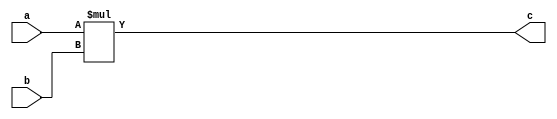
`timescale 1ns / 1ps
//////////////////////////////////////////////////////////////////////////////////
// Company: 
// Engineer: 
// 
// Design Name: 
// Module Name:    cheng 
// Project Name: 
// Target Devices: 
// Tool versions: 
// Description: 
//
// Dependencies: 
//
// Revision: 
// Revision 0.01 - File Created
// Additional Comments: 
//
//////////////////////////////////////////////////////////////////////////////////
module cheng(
    input [31:0] a,
    input [31:0] b,
    output [63:0] c
	 
    );
	 assign c = a * b;


endmodule